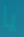
يا